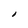
Character: I